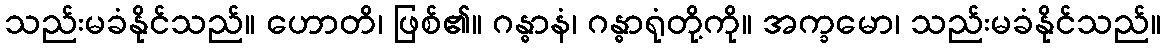
သည်းမခံနိုင်သည်။ ဟောတိ၊ ဖြစ်၏။ ဂန္ဓာနံ၊ ဂန္ဓာရုံတို့ကို။ အက္ခမော၊ သည်းမခံနိုင်သည်။